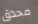
محدق